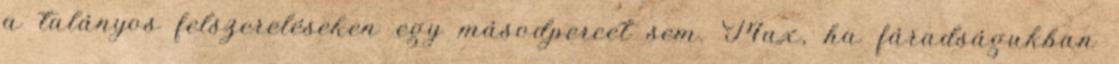
a talányos felszereléseken egy másodpercet sem. Max, ha fáradságukban